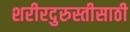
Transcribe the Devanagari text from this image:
शरीरदुरुस्तीसाठी